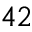
4 2